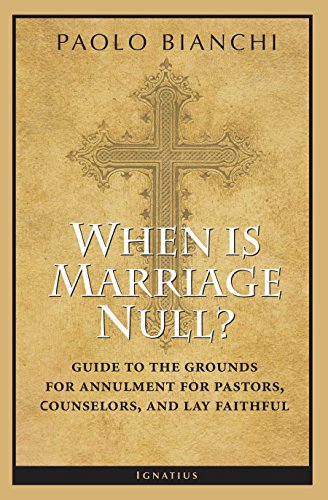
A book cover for When Is Marriage Null?: Guide to the Grounds of Matrimonial Nullity for Pastors, Counselors, and Lay Faithful; Paolo Bianchi; Christian Books & Bibles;